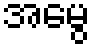
အမွေ